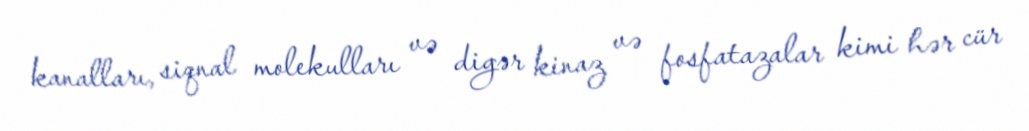
kanalları, siqnal molekulları və digər kinaz və fosfatazalar kimi hər cür